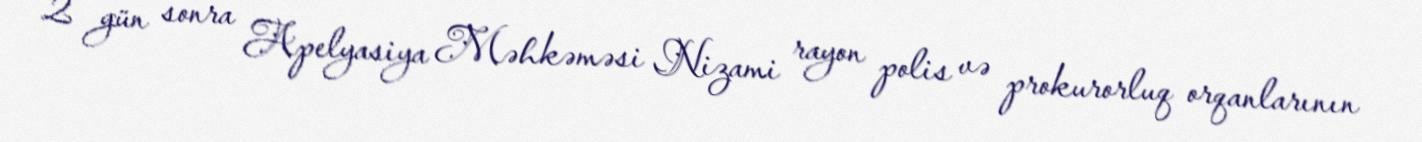
2 gün sonra Apelyasiya Məhkəməsi Nizami rayon polis və prokurorluq orqanlarının